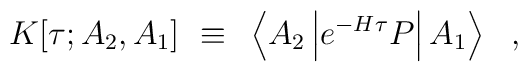
K[\tau;A_2,A_1]~\equiv~ \left< A_2\left| e^{-H\tau} P \right| A_1 \right>~~,